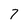
Character: 7